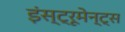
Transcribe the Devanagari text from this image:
इंस्ट्रूमेन्ट्स